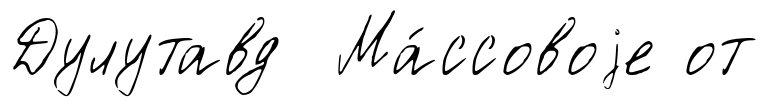
Дулутавд Ма́ссовоjе от